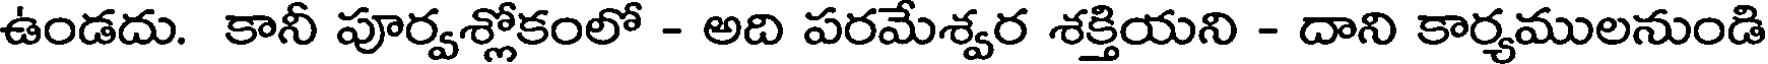
ఉండదు. కానీ పూర్వశ్లోకంలో - అది పరమేశ్వర శక్తియని - దాని కార్యములనుండి